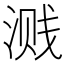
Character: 溅